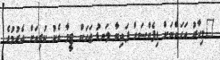
"މިހާރު އަހަންނަށް ޑިފެންސަށް ފައިބާ ލަނޑު ޖަހަން ޓީމާ އެކު ކުރިއަށް އެރުމުގެ